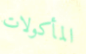
المأكولات